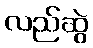
လည်ဆွဲ